Scottish Leaving Certificate Examination, 1956
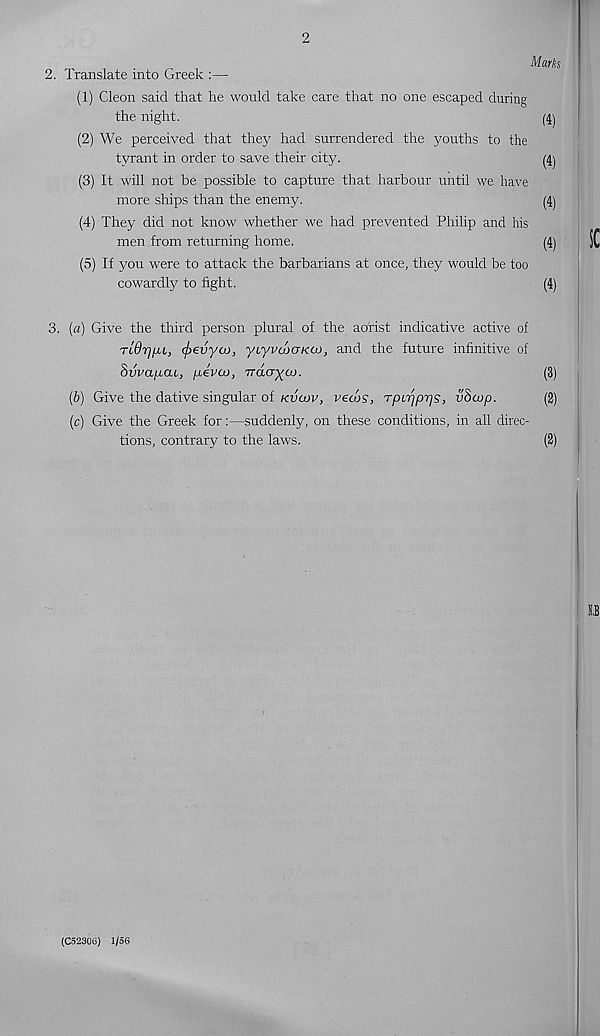
2
2. Translate into Greek :—
(1) Cleon said that he would take care that no one escaped during
the night.
(4)
(2) We perceived that they had surrendered the youths to the
tyrant in order to save their city.
(3) It will not be possible to capture that harbour until we have
more ships than the enemy.
(4)
(4) They did not know whether we had prevented Philip and his
men from returning home.
(4)
(5) If you were to attack the barbarians at once, they would be too
cowardly to fight.
(4)
3. [a) Give the third person plural of the aorist indicative active of
TiOrj^u, cfrevya), yLyvcboKco, and the future infinitive of
Svva^cu, [xivto, Trdayco.
(3)
(&) Give the dative singular of kvojv, vews, rpcripris, v8cjp.
(2)
(c) Give the Greek for:—suddenly, on these conditions, in all direc-
tions, contrary to the laws.
(2)
(C52306) 1/56